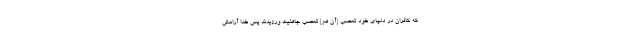
كه كافران در دلهاى خود تعصب [آن هم] تعصب جاهليت ورزيدند پس خدا آرامش